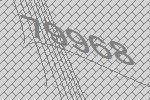
79968